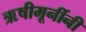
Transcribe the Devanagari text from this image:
ऋषीमूनींनी